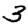
Digit: 3